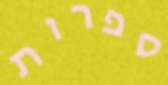
ספרות